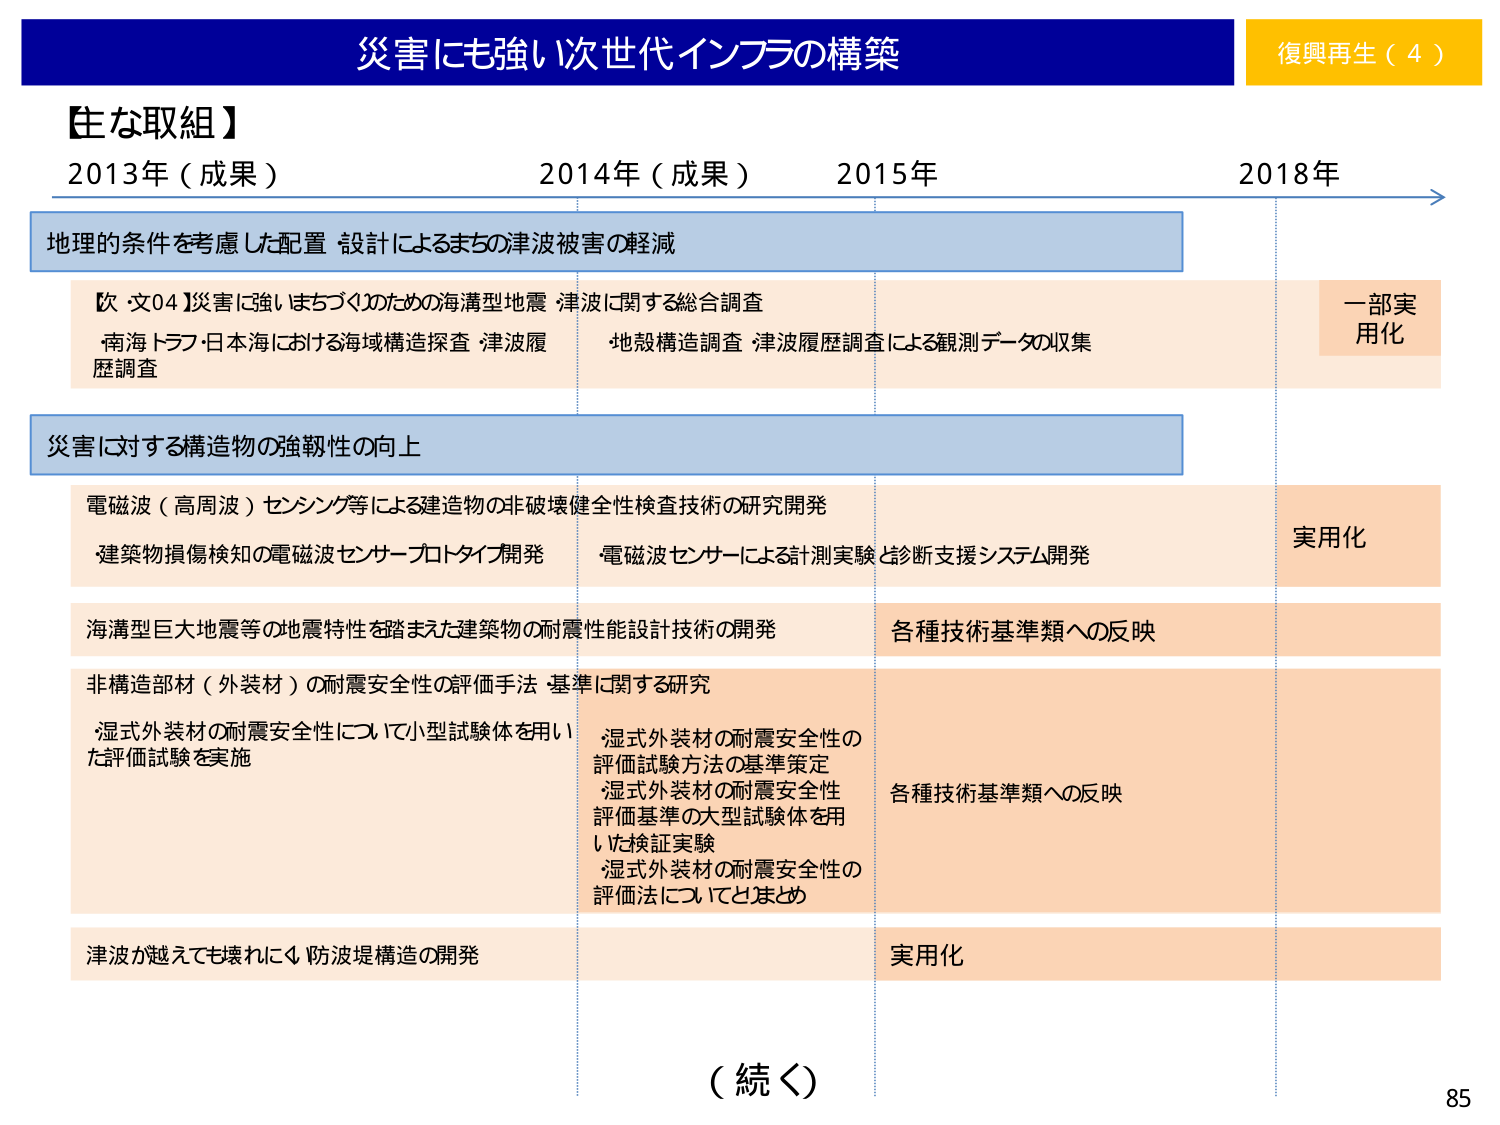
災害にも強い次世代インフラの構築
復興再生（4）

【主な取組】
2013年（成果）　2014年（成果）　2015年　2018年

地理的条件を考慮した配置・設計によるまちの津波被害の軽減

【次・文04】災害に強いまちづくりのための海溝型地震・津波に関する総合調査
・南海トラフ・日本海における海域構造探査・津波履歴調査
・地殻構造調査・津波履歴調査による観測データの収集
一部実用化

災害に対する構造物の強靭性の向上

電磁波（高周波）センシング等による建造物の非破壊健全性検査技術の研究開発
・建築物損傷検知の電磁波センサープロトタイプ開発
・電磁波センサーによる計測実験と診断支援システム開発
実用化

海溝型巨大地震等の地震特性を踏まえた建築物の耐震性能設計技術の開発
各種技術基準類への反映

非構造部材（外装材）の耐震安全性の評価手法・基準に関する研究
・湿式外装材の耐震安全性について小型試験体を用いた評価試験を実施
・湿式外装材の耐震安全性の評価試験方法の基準策定
・湿式外装材の耐震安全性評価基準の大型試験体を用いた検証実験
・湿式外装材の耐震安全性の評価法についてまとめ
各種技術基準類への反映

津波が越えても壊れにくい防波堤構造の開発
実用化

（続く）
85